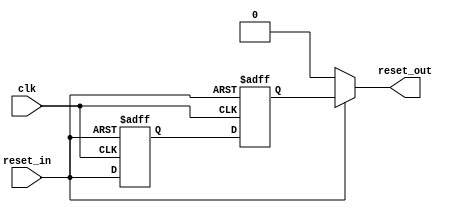
//                              -*- Mode: Verilog -*-
// Description     : reset synchronizer
// Last Modified By: amr
// Update Count    : 0
// Status          : Unknown, Use with caution!


module reset_sync (/*AUTOARG*/
   // Outputs
   reset_out,
   // Inputs
   reset_in, clk
   ) ;
   input reset_in;
   input clk;
   output reset_out;


   // 1'b0 => active low
   // 1'b1 => active high
   parameter reset_p = 1'b0;
   parameter clk_p = 1'b1;
   

   reg 	  sync_ff0;
   reg 	  sync_ff1;

   generate
      if (reset_p==1'b0 && clk_p==1'b1) begin : activelow_posedge
	 always @(posedge clk or negedge reset_in) begin
	    if (reset_in == 1'b0) begin
	       sync_ff0 <= 1'b0;
	       sync_ff1 <= 1'b0;	       
	    end
	    else begin
	       sync_ff0 <= reset_in;
	       sync_ff1 <= sync_ff0;	       
	    end
	 end
	 assign reset_out = (reset_in==1'b0) ? 1'b0 : sync_ff1;	 
      end // block: activelow_posedge
      else if (reset_p==1'b0 && clk_p==1'b1) begin : activehigh_posedge
	 always @(posedge clk or posedge reset_in) begin
	    if (reset_in == 1'b1) begin
	       sync_ff0 <= 1'b1;
	       sync_ff1 <= 1'b1;	       
	    end
	    else begin
	       sync_ff0 <= reset_in;
	       sync_ff1 <= sync_ff0;	       
	    end
	 end
	 assign reset_out = (reset_in==1'b1) ? 1'b1 : sync_ff1;	 
      end // block: activehigh_posedge
      else if (reset_p==1'b0 && clk_p==1'b0) begin : activelow_negedge
	 always @(negedge clk or negedge reset_in) begin
	    if (reset_in == 1'b0) begin
	       sync_ff0 <= 1'b0;
	       sync_ff1 <= 1'b0;	       
	    end
	    else begin
	       sync_ff0 <= reset_in;
	       sync_ff1 <= sync_ff0;	       
	    end
	 end
	 assign reset_out = (reset_in==1'b0) ? 1'b0 : sync_ff1;	 
      end // block: activelow_posedge
      else begin : activehigh_negedge
	 always @(negedge clk or posedge reset_in) begin
	    if (reset_in == 1'b1) begin
	       sync_ff0 <= 1'b1;
	       sync_ff1 <= 1'b1;	       
	    end
	    else begin
	       sync_ff0 <= reset_in;
	       sync_ff1 <= sync_ff0;	       
	    end
	 end
	 assign reset_out = (reset_in==1'b1) ? 1'b1 : sync_ff1;	 
      end      
   endgenerate
   
endmodule // reset_sync